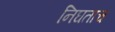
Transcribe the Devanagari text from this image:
निघताच